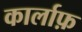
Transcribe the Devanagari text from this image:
कार्लाफ़